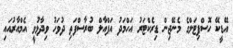
އޭޑީކޭ ހޮސްޕިޓަލްގެ މެނޭޖިން ޑިރެކްޓަރު އަހްމަދު އަފްއާލް ބުރާސްފަތި ދުވަހު ވިދާޅުވީ އެމްއާރުއައި